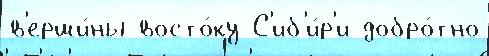
в'ерши́ны восто́ку С'иб'и́р'и добро́тно